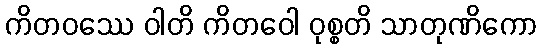
ကိတဝဿေ ဝါတိ ကိတဝေါ ဝုစ္စတိ သာတုဏိကော